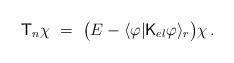
LaTeX: \begin{align*}\mathsf{T}_n\chi\ =\ \bigl(E-\langle\varphi |\mathsf{K}_{el}\varphi\rangle_{r}\bigr)\chi\, .\end{align*}